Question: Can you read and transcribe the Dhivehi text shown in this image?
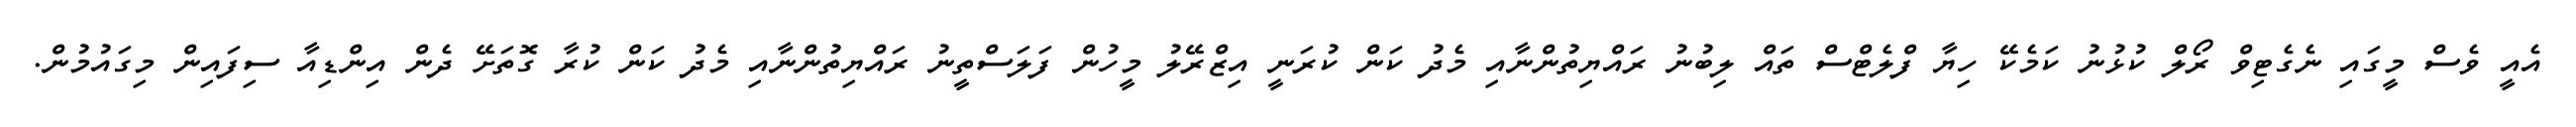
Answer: އެއީ ވެސް މީގައި ނެގެޓިވް ރޯލް ކުޅުނު ކަމެކޭ ހިޔާ ފްލެޓްސް ތައް ލިބުނު ރައްޔިތުންނާއި މެދު ކަން ކުރަނީ އިޒްރޭލު މީހުން ފަލަސްތީނު ރައްޔިތުންނާއި މެދު ކަން ކުރާ ގޮތަށޭ ދެން އިންޑިއާ ސިފައިން މިގައުމުން.